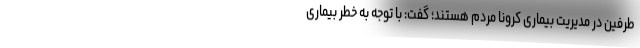
طرفین در مدیریت بیماری کرونا مردم هستند؛ گفت: با توجه به خطر بیماری